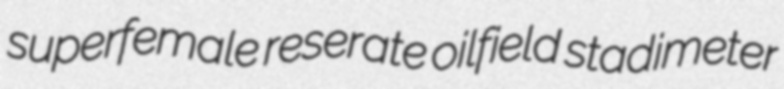
superfemale reserate oilfield stadimeter